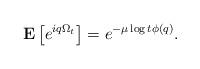
LaTeX: \begin{align*}{\bf E}\left[e^{i q \Omega_t}\right] = e^{-\mu\log t\phi(q)}.\end{align*}